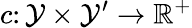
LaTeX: c\colon\mathcal{Y}\times\mathcal{Y}^{\prime}\rightarrow\mathbb{R}^{+}